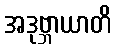
အဒုဗ္ဘာယာတိ